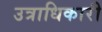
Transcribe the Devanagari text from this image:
उत्राधिकारी